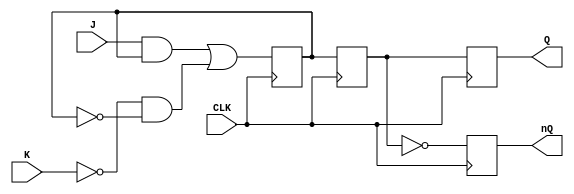
module jk_ff (input wire J, input wire K, input wire CLK, output reg Q, output reg nQ);

   reg master_Q;
   reg slave_Q;

   always @(posedge CLK) begin
      // Master latch
      master_Q <= J & master_Q | ~K & ~master_Q;

      // Slave latch
      slave_Q <= master_Q;

      // Output
      Q <= slave_Q;
      nQ <= ~slave_Q;
   end

endmodule